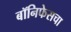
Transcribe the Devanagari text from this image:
बॉनिफेसचा